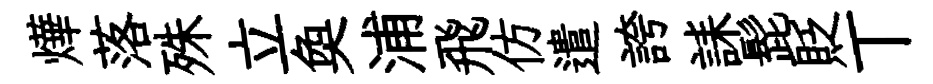
燁落殊立奐浦飛仿遣誇誄髭貶丅